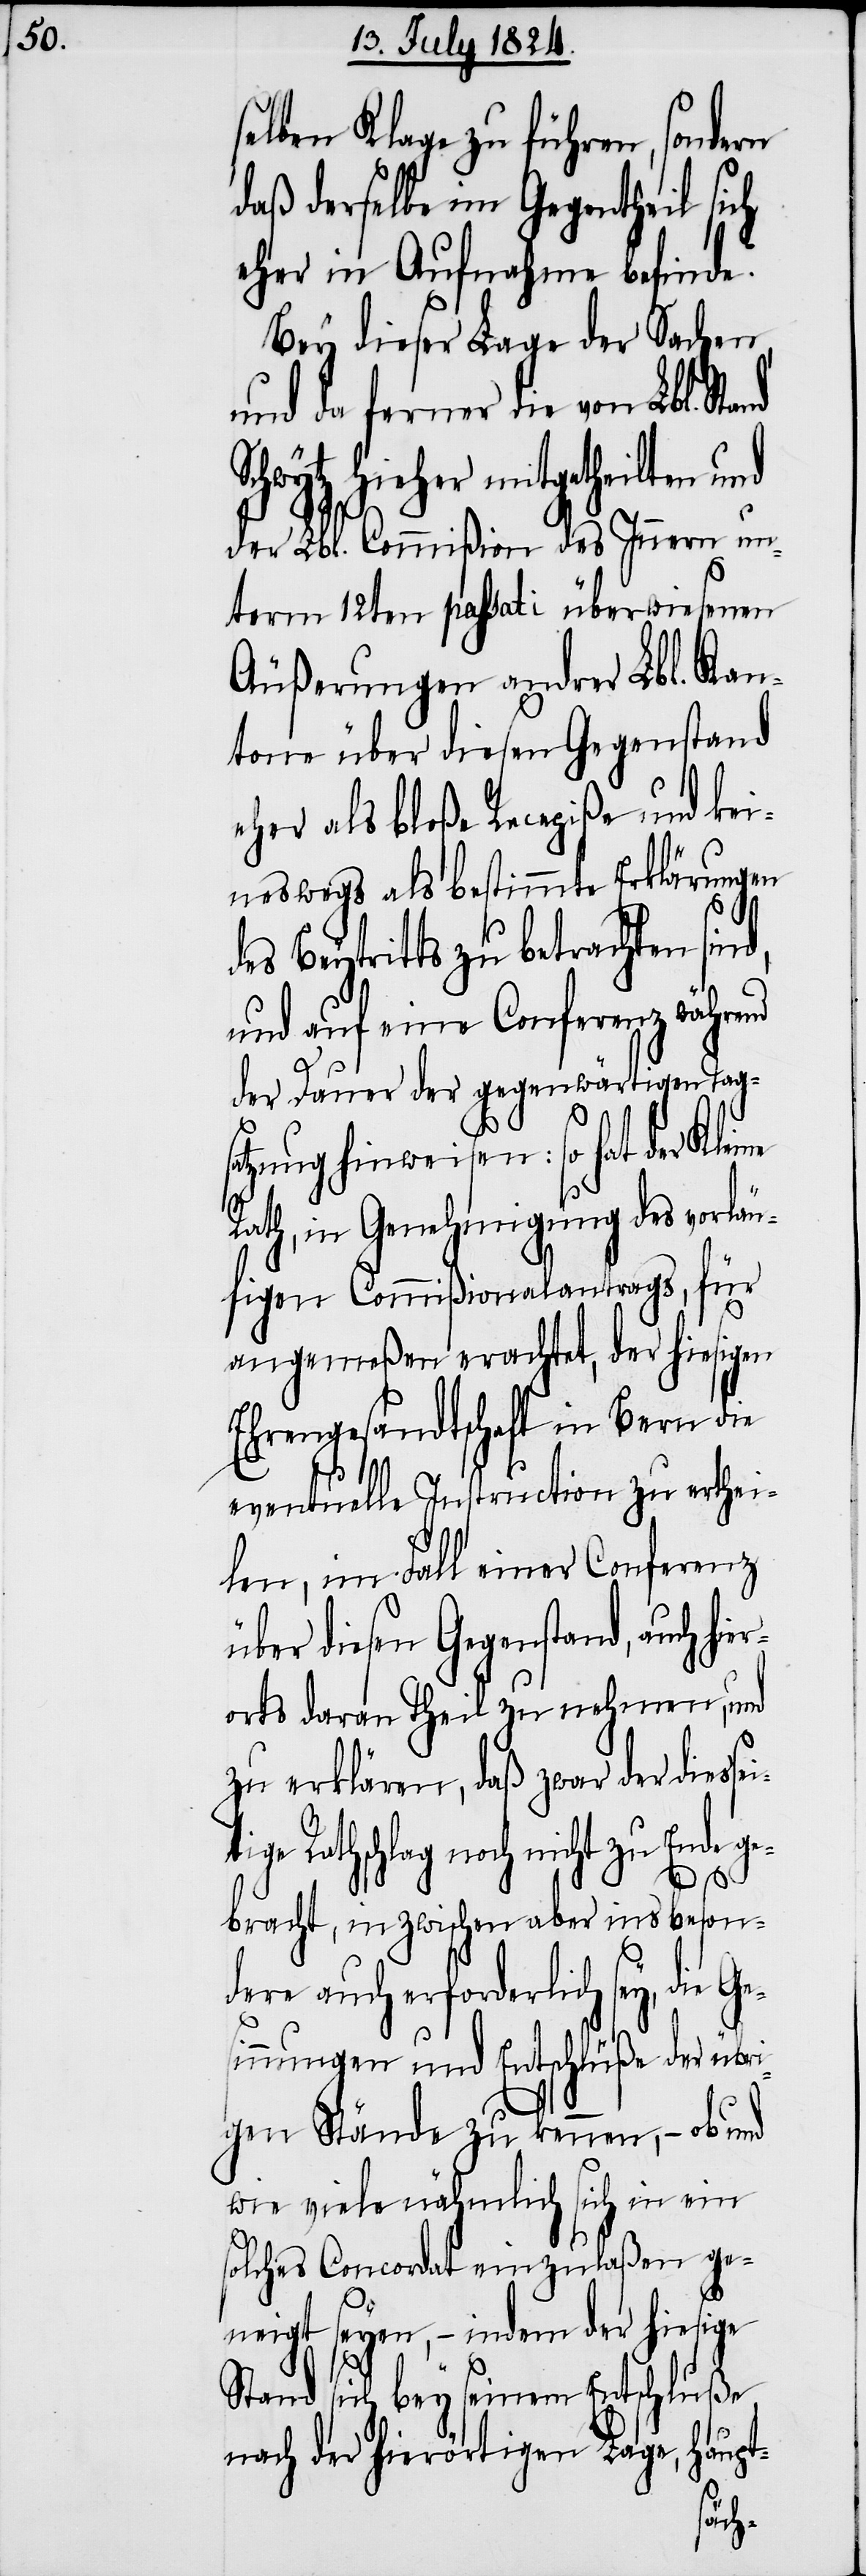
selben Klage zu führen, sondern
daß derselbe im Gegentheil sich
eher in Aufnahme befinde.
Bey dieser Lage der Sachen
und da ferner die von Lbl. Sta¬
Schwytz hieher mitgetheilten und
der Lbl. Commißion des Innern un¬
term 12ten passati überwiesenen
Äußerungen andrer Lbl. Kan¬
tone über diesen Gegenstand
eher als bloße Recepiße und kei¬
neswegs als bestimmte Erklärungen
Beytritts zu betrachten si¬
und auf eine Conferenz während
der Dauer der gegenwärtigen Tag¬
nd,
satzung hinweisen: so hat der Kleine
es¬
Rath, in Genehmigung des vorläu¬
figen Commißionalantrags, für
angemeßen erachtet, der hiesigen
Ehrengesandtschaft in Bern die
ge¬
eventuelle Instruction zu erthei¬
len, im Fall einer Conferenz
über diesen Gegenstand, auch hi¬
orts daran Theil zu nehmen, und
zu erklären, daß zwar der diessei¬
Rathschlag noch nicht zu Ende
bracht, inzwischen aber ins beson¬
dere auch erforderlich sey, die G¬
innungen und Entschlüße der übr¬
igen Stände zu kennen, – ob und
wie viele nähmlich sich in ein
solches Concordat einzulaßen ge¬
neigt seyen, – indem der hiesige
uße
Stand sich bey seinem Entschl¬
nach der